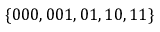
\{ 0 0 0 , 0 0 1 , 0 1 , 1 0 , 1 1 \}